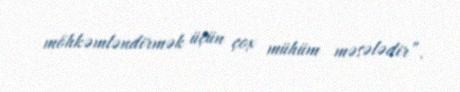
möhkəmləndirmək üçün çox mühüm məsələdir”.